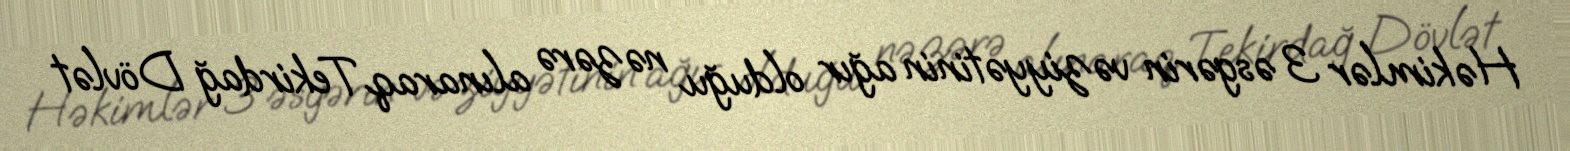
Həkimlər 3 əsgərin vəziyyətinin ağır olduğu nəzərə alınaraq Tekirdağ Dövlət